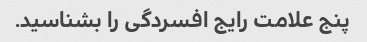
پنج علامت رایج افسردگی را بشناسید.